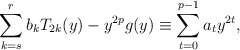
\begin{align*}\sum_{k=s}^{r}b_kT_{2k}(y)-y^{2p} g(y)\equiv \sum_{t=0}^{p-1}a_t y^{2t},\end{align*}